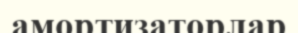
амортизаторлар